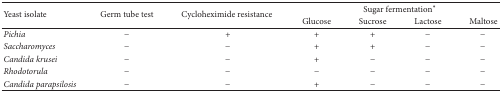
<table><thead><tr><td rowspan="2"><b>Yeast isolate </b></td><td rowspan="2"><b>Germ tube test</b></td><td rowspan="2"><b>Cycloheximide resistance </b></td><td colspan="4"><b>Sugar fermentation∗</b></td></tr><tr><td><b>Glucose </b></td><td><b>Sucrose </b></td><td><b>Lactose </b></td><td><b>Maltose </b></td></tr></thead><tbody><tr><td><i>Pichia </i></td><td>−</td><td>+</td><td>+</td><td>+</td><td>−</td><td>−</td></tr><tr><td><i>Saccharomyces </i></td><td>−</td><td>−</td><td>+</td><td>+</td><td>−</td><td>−</td></tr><tr><td><i>Candida krusei </i></td><td>−</td><td>−</td><td>+</td><td>−</td><td>−</td><td>−</td></tr><tr><td><i>Rhodotorula </i></td><td>−</td><td>−</td><td>−</td><td>−</td><td>−</td><td>−</td></tr><tr><td><i>Candida parapsilosis </i></td><td>−</td><td>−</td><td>+</td><td>−</td><td>−</td><td>−</td></tr></tbody></table>